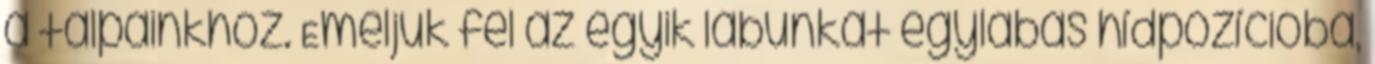
a talpainkhoz. Emeljük fel az egyik lábunkat egylábas hídpozícióba,